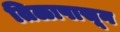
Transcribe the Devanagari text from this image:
तिळापासून